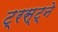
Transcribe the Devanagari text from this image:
ट्रस्ट्ने